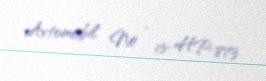
Avtomobil № - 15-HP-873